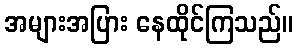
အများအပြား နေထိုင်ကြသည်။